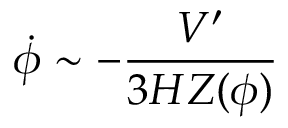
\dot { \phi } \sim - \frac { V ^ { \prime } } { 3 H Z ( \phi ) }